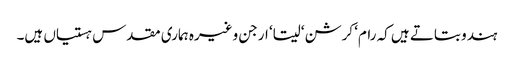
ہندو بتاتے ہیں کہ رام‘ کرشن‘ سیتا‘ ارجن وغیرہ ہماری مقدس ہستیاں ہیں۔